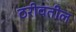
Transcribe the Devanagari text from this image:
ठरीवतील